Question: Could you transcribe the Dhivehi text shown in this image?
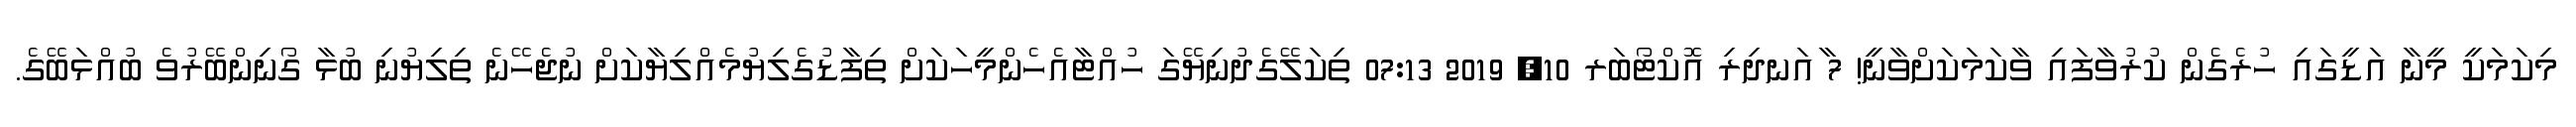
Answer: މިކަމަކީ މީނާ އަޑީގައި ހުރެގެން ކުރުވާފައި ވާކަމަކަށްވާނީ! 7 ާއަނދިރި އޮކްޓޯބަރ 10, 2019 07:13 ތިކަލޭގެދުނިޔޭގަ ހުއްޓާއެހެންމީހަކަށް ތިފާޑުގެލިޔުމެއްލިޔާކަށް ނުޖެހޭނެ ތިލިޔުނި ބުޅާ ގޯނިންބޭރުވެ ބުއްޅަބޭގެ.